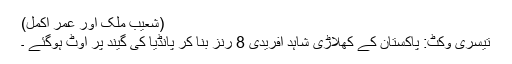
(شعیب ملک اور عمر اکمل)
تیسری وکٹ: پاکستان کے کھلاڑی شاہد آفریدی 8 رنز بنا کر پانڈیا کی گیند پر آوٹ ہوگئے ۔